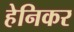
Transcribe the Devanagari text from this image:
हेनिकर